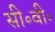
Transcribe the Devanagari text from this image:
सी॰वी॰